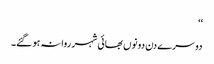
‘‘
دوسرے دن دونوں بھائی شہر روانہ ہو گئے۔